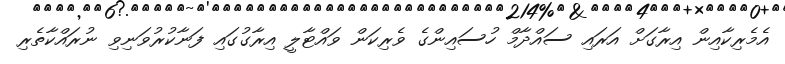
އެމެރިކާއިން އިރާގަށް އަރައި ސައްދާމް ހުސައިންގެ ވެރިކަން ވައްޓާލީ އިރާގުގައި ފަނާކުރުވަނިވި ނުރައްކާތެރި